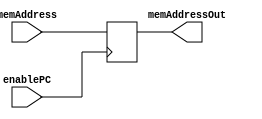
module programcounter (enablePC, memAddress, memAddressOut);
input enablePC;
input [31:0] memAddress;
output [31:0] memAddressOut;
reg [31:0] memAddressOut;
	
	initial begin
		memAddressOut=32'b0;
	end

	always @(posedge enablePC)
	begin
		memAddressOut = memAddress;
	end
			
endmodule